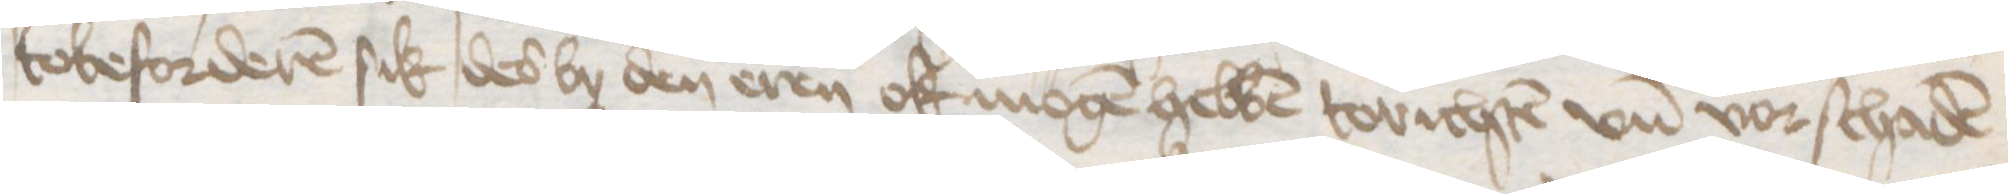
tobeforderen sik des by den eren ok mogen hebben torichten vnd vorschaden